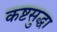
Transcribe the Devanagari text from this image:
कष्टसुद्धा